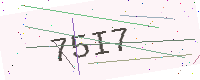
Text: 75I7